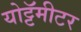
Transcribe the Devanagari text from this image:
योट्टॅमीटर